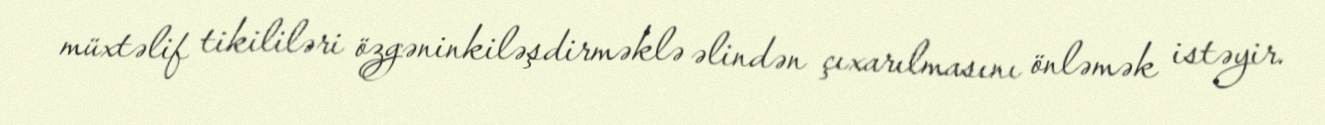
müxtəlif tikililəri özgəninkiləşdirməklə əlindən çıxarılmasını önləmək istəyir.